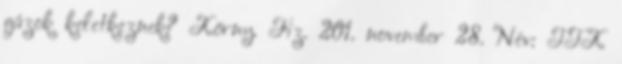
gázok keletkeznek? Körny. Fiz. 201. november 28. Név: TTK